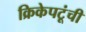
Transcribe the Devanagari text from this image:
क्रिकेपटूंची